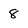
Character: 8